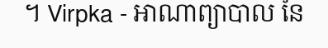
។ Virpka - អាណាព្យាបាល នៃ